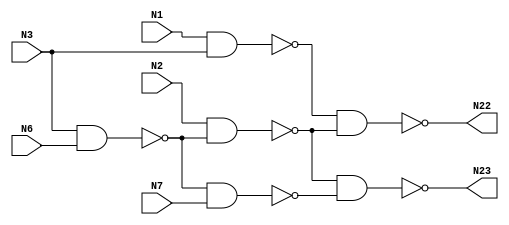
`timescale 1ns / 1ps

//Design 1 of 4 - No pipelining 
/*
*/

module c17 (N1,N2,N3,N6,N7,N22,N23);
input N1,N2,N3,N6,N7;
output N22,N23;
wire N10,N11,N16,N19;
nand NAND2_1 (N10, N1, N3);
nand NAND2_2 (N11, N3, N6);
nand NAND2_3 (N16, N2, N11);
nand NAND2_4 (N19, N11, N7);
nand NAND2_5 (N22, N10, N16);
nand NAND2_6 (N23, N16, N19);

//Design 2 of 4 - Single stage pipeline (at inputs and outputs)
/*
module c17(N1,N2,N3,N6,N7,N22q,N23q,clk);
input N1,N2,N3,N6,N7,clk;
output N22q,N23q;
wire N10,N11,N16,N19;
reg N1q,N3q,N6q,N2q,N7q,N22q,N23q;
wire N22,N23;
nand NAND2_1 (N10, N1q, N3q);
nand NAND2_2 (N11, N3q, N6q);
nand NAND2_3 (N16, N2q, N11);
nand NAND2_4 (N19, N11, N7q);
nand NAND2_5 (N22, N10, N16);
nand NAND2_6 (N23, N16, N19);
always @ (posedge clk) begin
    N1q <= N1;
    N3q <= N3;
    N6q <= N6;
    N2q <= N2;
    N7q <= N7;
    N22q <= N22;
    N23q <= N23;
end
*/

//Design 3 of 4 - Two pipeline stages (additionally at wires N10, N11 and N19)
/*
module c17(N1,N2,N3,N6,N7,N22q,N23q,clk);
input N1,N2,N3,N6,N7,clk;
output N22q,N23q;
wire N10,N11,N16,N19;
wire N22,N23;
reg N1q,N3q,N6q,N2q,N7q,N22q,N23q,N10q,N11q,N19q;
nand NAND2_1 (N10, N1q, N3q);
nand NAND2_2 (N11, N3q, N6q);
nand NAND2_3 (N16, N2q, N11q);
nand NAND2_4 (N19, N11q, N7q);
nand NAND2_5 (N22, N10q, N16);
nand NAND2_6 (N23, N16, N19q);
always @ (posedge clk) begin
    N1q <= N1;
    N3q <= N3;
    N6q <= N6;
    N2q <= N2;
    N7q <= N7;
    N22q <= N22;
    N23q <= N23;
    N10q <= N10;
    N11q <= N11;
    N19q <= N19;
end
*/

//Design 4 of 4 - Three pipeline stages (additionally at wires N16, N19, and a second at output N23)
/*
module c17(N1,N2,N3,N6,N7,N22q,N23q2,clk);
input N1,N2,N3,N6,N7,clk;
output N22q,N23q2;
reg N1q,N3q,N6q,N2q,N7q,N22q,N10q,N11q,N19q,N16q,N23q1,N23q2;
wire N10,N11,N16,N19;
wire N22,N23;
nand NAND2_1 (N10, N1q, N3q);
nand NAND2_2 (N11, N3q, N6q);
nand NAND2_3 (N16, N2q, N11q);
nand NAND2_4 (N19, N11q, N7q);
nand NAND2_5 (N22, N10q, N16q);
nand NAND2_6 (N23, N16q, N19q);
always @ (posedge clk) begin
    N1q <= N1;
    N3q <= N3;
    N6q <= N6;
    N2q <= N2;
    N7q <= N7;
    N22q <= N22;
    N23q1 <= N23;
    N23q2 <= N23q1;
    N10q <= N10;
    N11q <= N11;
    N19q <= N19;
    N16q <= N16;
end
*/
endmodule